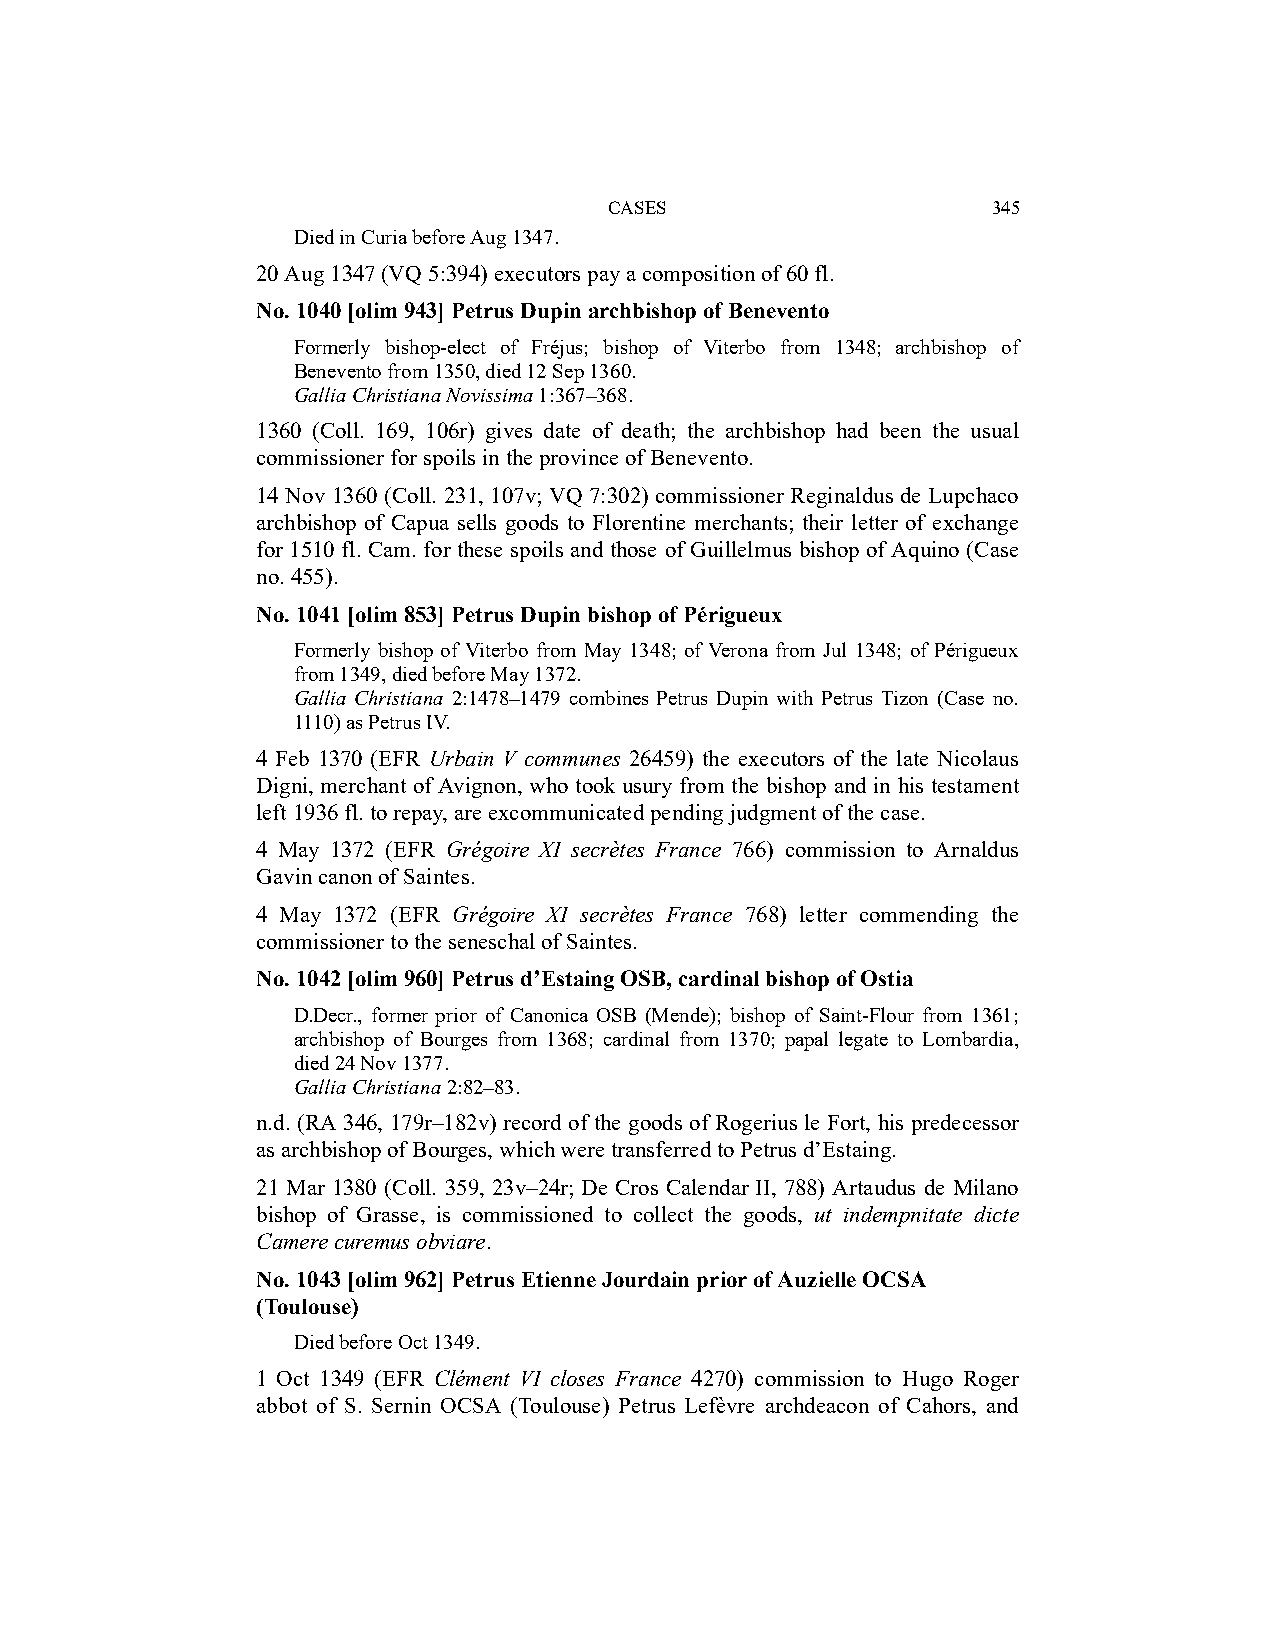
CASES                     345
 Died in Curia before Aug 1347.
 20 Aug 1347 (VQ 5:394) executors pay a composition of 60 fl.
 No. 1040 [olim 943] Petrus Dupin archbishop of Benevento
 Formerly bishop-elect of Fréjus; bishop of Viterbo from 1348; archbishop of
 Benevento from 1350, died 12 Sep 1360.
 Gallia Christiana Novissima 1:367–368.
 1360 (Coll. 169, 106r) gives date of death; the archbishop had been the usual
 commissioner for spoils in the province of Benevento.
 14 Nov 1360 (Coll. 231, 107v; VQ 7:302) commissioner Reginaldus de Lupchaco
 archbishop of Capua sells goods to Florentine merchants; their letter of exchange
 for 1510 fl. Cam. for these spoils and those of Guillelmus bishop of Aquino (Case
 no. 455).
 No. 1041 [olim 853] Petrus Dupin bishop of Périgueux
 Formerly bishop of Viterbo from May 1348; of Verona from Jul 1348; of Périgueux
 from 1349, died before May 1372.
 Gallia Christiana 2:1478–1479 combines Petrus Dupin with Petrus Tizon (Case no.
 1110) as Petrus IV.
 4 Feb 1370 (EFR Urbain V communes 26459) the executors of the late Nicolaus
 Digni, merchant of Avignon, who took usury from the bishop and in his testament
 left 1936 fl. to repay, are excommunicated pending judgment of the case.
 4 May 1372 (EFR Grégoire XI secrètes France 766) commission to Arnaldus
 Gavin canon of Saintes.
 4 May 1372 (EFR Grégoire XI secrètes France 768) letter commending the
 commissioner to the seneschal of Saintes.
 No. 1042 [olim 960] Petrus d’Estaing OSB, cardinal bishop of Ostia
 D.Decr., former prior of Canonica OSB (Mende); bishop of Saint-Flour from 1361;
 archbishop of Bourges from 1368; cardinal from 1370; papal legate to Lombardia,
 died 24 Nov 1377.
 Gallia Christiana 2:82–83.
 n.d. (RA 346, 179r–182v) record of the goods of Rogerius le Fort, his predecessor
 as archbishop of Bourges, which were transferred to Petrus d’Estaing.
 21 Mar 1380 (Coll. 359, 23v–24r; De Cros Calendar II, 788) Artaudus de Milano
 bishop of Grasse, is commissioned to collect the goods, ut indempnitate dicte
 Camere curemus obviare.
 No. 1043 [olim 962] Petrus Etienne Jourdain prior of Auzielle OCSA
 (Toulouse)
 Died before Oct 1349.
 1 Oct 1349 (EFR Clément VI closes France 4270) commission to Hugo Roger
 abbot of S. Sernin OCSA (Toulouse) Petrus Lefèvre archdeacon of Cahors, and